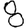
Digit: 8